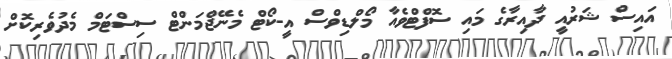
އައިސް ޝަރުއީ ދާއިރާގެ މައި ސޮފްޓްވެއާ މޯލްޑިވްސް އީ-ކޯޓް މެނޭޖްމަންޓް ސިސްޓަމް މެދުވެރިކޮށް